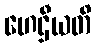
ဟေဌီယတိ